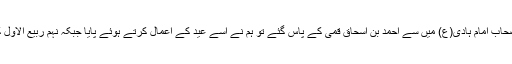
پھر ہم اصحاب امام ہادی(ع) میں سے احمد بن اسحاق قمی کے پاس گئے تو ہم نے اسے عید کے اعمال کرتے ہوئے پایا جبکہ نہم ربیع الاول کا دن تھا۔